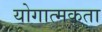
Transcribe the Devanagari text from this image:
योगात्मकता